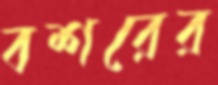
বশরের